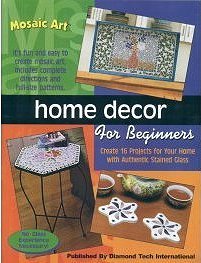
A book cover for MOSAIC ART: HOME DECOR FOR BEGINNERS Mosaic Pattern Book; Diamond Tech International; Arts & Photography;